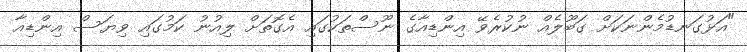
"އަޅުގަނޑުމެންނަކަށް ގަބޫލެއް ނުކުރެވޭ އިންޑިއާގެ ނޫސްތަކުގައި އެގޮތަށް ލިއުނު ކަމުގައި ވިޔަސް އިންޑިއާ